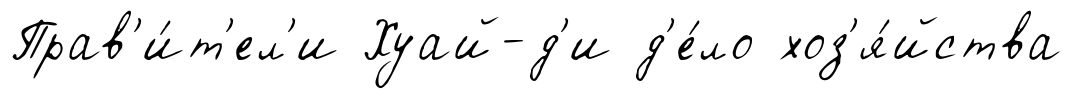
Прав'и́т'ел'и Хуай-д'и д'е́ло хоз'я́йства